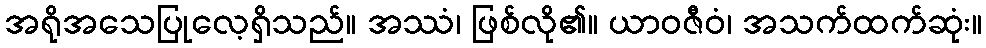
အရိုအသေပြုလေ့ရှိသည်။ အဿံ၊ ဖြစ်လို၏။ ယာဝဇီဝံ၊ အသက်ထက်ဆုံး။